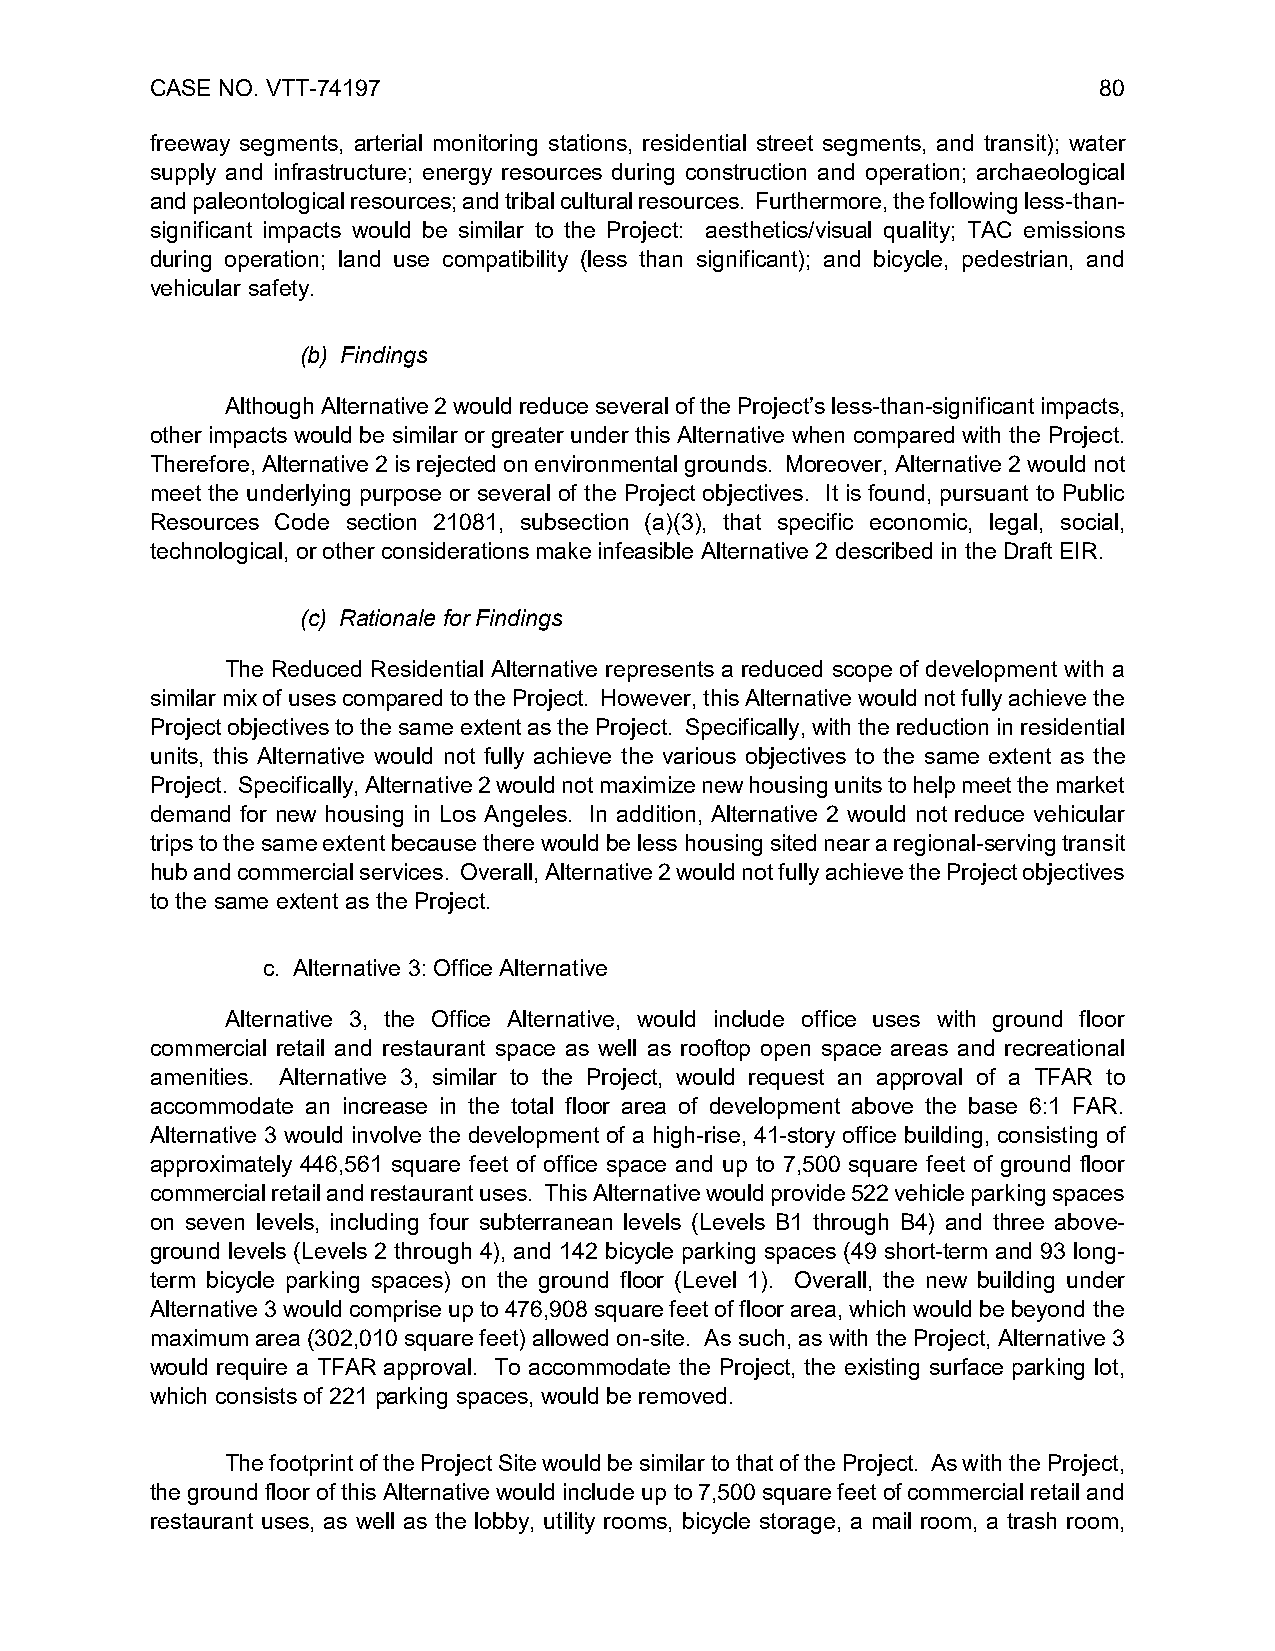
CASE NO. VTT-74197                                             80
 freeway segments, arterial monitoring stations, residential street segments, and transit); water
 supply and infrastructure; energy resources during construction and operation; archaeological
 and paleontological resources; and tribal cultural resources. Furthermore, the following less-than-
 significant impacts would be similar to the Project: aesthetics/visual quality; TAC emissions
 during operation; land use compatibility (less than significant); and bicycle, pedestrian, and
 vehicular safety.
 (b) Findings
 Although Alternative 2 would reduce several of the Project’s less-than-significant impacts,
 other impacts would be similar or greater under this Alternative when compared with the Project.
 Therefore, Alternative 2 is rejected on environmental grounds. Moreover, Alternative 2 would not
 meet the underlying purpose or several of the Project objectives. It is found, pursuant to Public
 Resources Code section 21081, subsection (a)(3), that specific economic, legal, social,
 technological, or other considerations make infeasible Alternative 2 described in the Draft EIR.
 (c) Rationale for Findings
 The Reduced Residential Alternative represents a reduced scope of development with a
 similar mix of uses compared to the Project. However, this Alternative would not fully achieve the
 Project objectives to the same extent as the Project. Specifically, with the reduction in residential
 units, this Alternative would not fully achieve the various objectives to the same extent as the
 Project. Specifically, Alternative 2 would not maximize new housing units to help meet the market
 demand for new housing in Los Angeles. In addition, Alternative 2 would not reduce vehicular
 trips to the same extent because there would be less housing sited near a regional-serving transit
 hub and commercial services. Overall, Alternative 2 would not fully achieve the Project objectives
 to the same extent as the Project.
 c. Alternative 3: Office Alternative
 Alternative 3, the Office Alternative, would include office uses with ground floor
 commercial retail and restaurant space as well as rooftop open space areas and recreational
 amenities. Alternative 3, similar to the Project, would request an approval of a TFAR to
 accommodate an increase in the total floor area of development above the base 6:1 FAR.
 Alternative 3 would involve the development of a high-rise, 41-story office building, consisting of
 approximately 446,561 square feet of office space and up to 7,500 square feet of ground floor
 commercial retail and restaurant uses. This Alternative would provide 522 vehicle parking spaces
 on seven levels, including four subterranean levels (Levels B1 through B4) and three above-
 ground levels (Levels 2 through 4), and 142 bicycle parking spaces (49 short-term and 93 long-
 term bicycle parking spaces) on the ground floor (Level 1). Overall, the new building under
 Alternative 3 would comprise up to 476,908 square feet of floor area, which would be beyond the
 maximum area (302,010 square feet) allowed on-site. As such, as with the Project, Alternative 3
 would require a TFAR approval. To accommodate the Project, the existing surface parking lot,
 which consists of 221 parking spaces, would be removed.
 The footprint of the Project Site would be similar to that of the Project. As with the Project,
 the ground floor of this Alternative would include up to 7,500 square feet of commercial retail and
 restaurant uses, as well as the lobby, utility rooms, bicycle storage, a mail room, a trash room,